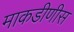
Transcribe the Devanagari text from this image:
माकडीणीस